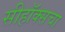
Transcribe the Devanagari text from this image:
सीहॉक्सचा